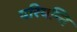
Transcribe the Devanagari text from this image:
परियन्ति